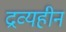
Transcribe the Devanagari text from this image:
द्रव्यहीन